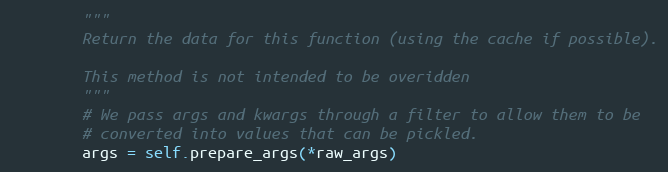
Language: Python
        """
        Return the data for this function (using the cache if possible).

        This method is not intended to be overidden
        """
        # We pass args and kwargs through a filter to allow them to be
        # converted into values that can be pickled.
        args = self.prepare_args(*raw_args)